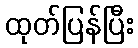
ထုတ်ပြန်ပြီး